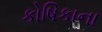
કોષિકાના